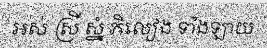
អស់ ស្រី ស្នំ ភិលៀង ទាំងឡាយ